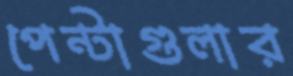
পেন্টাগুলার